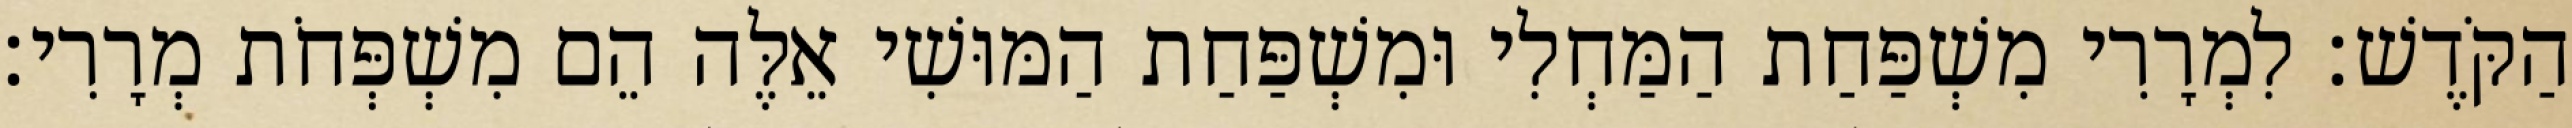
הַקֹּדֶשׁ׃ לִמְרָרִי מִשְׁפַּחַת הַמַּחְלִי וּמִשְׁפַּחַת הַמּוּשִׁי אֵלֶּה הֵם מִשְׁפְּחֹת מְרָרִי׃